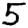
Digit: 5